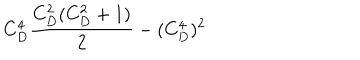
C _ { D } ^ { 4 } { \frac { C _ { D } ^ { 2 } ( C _ { D } ^ { 2 } + 1 ) } { 2 } } - ( C _ { D } ^ { 4 } ) ^ { 2 }